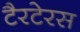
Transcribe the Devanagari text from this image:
टैरटेरस